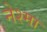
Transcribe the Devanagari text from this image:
नेश्मा